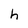
Character: h